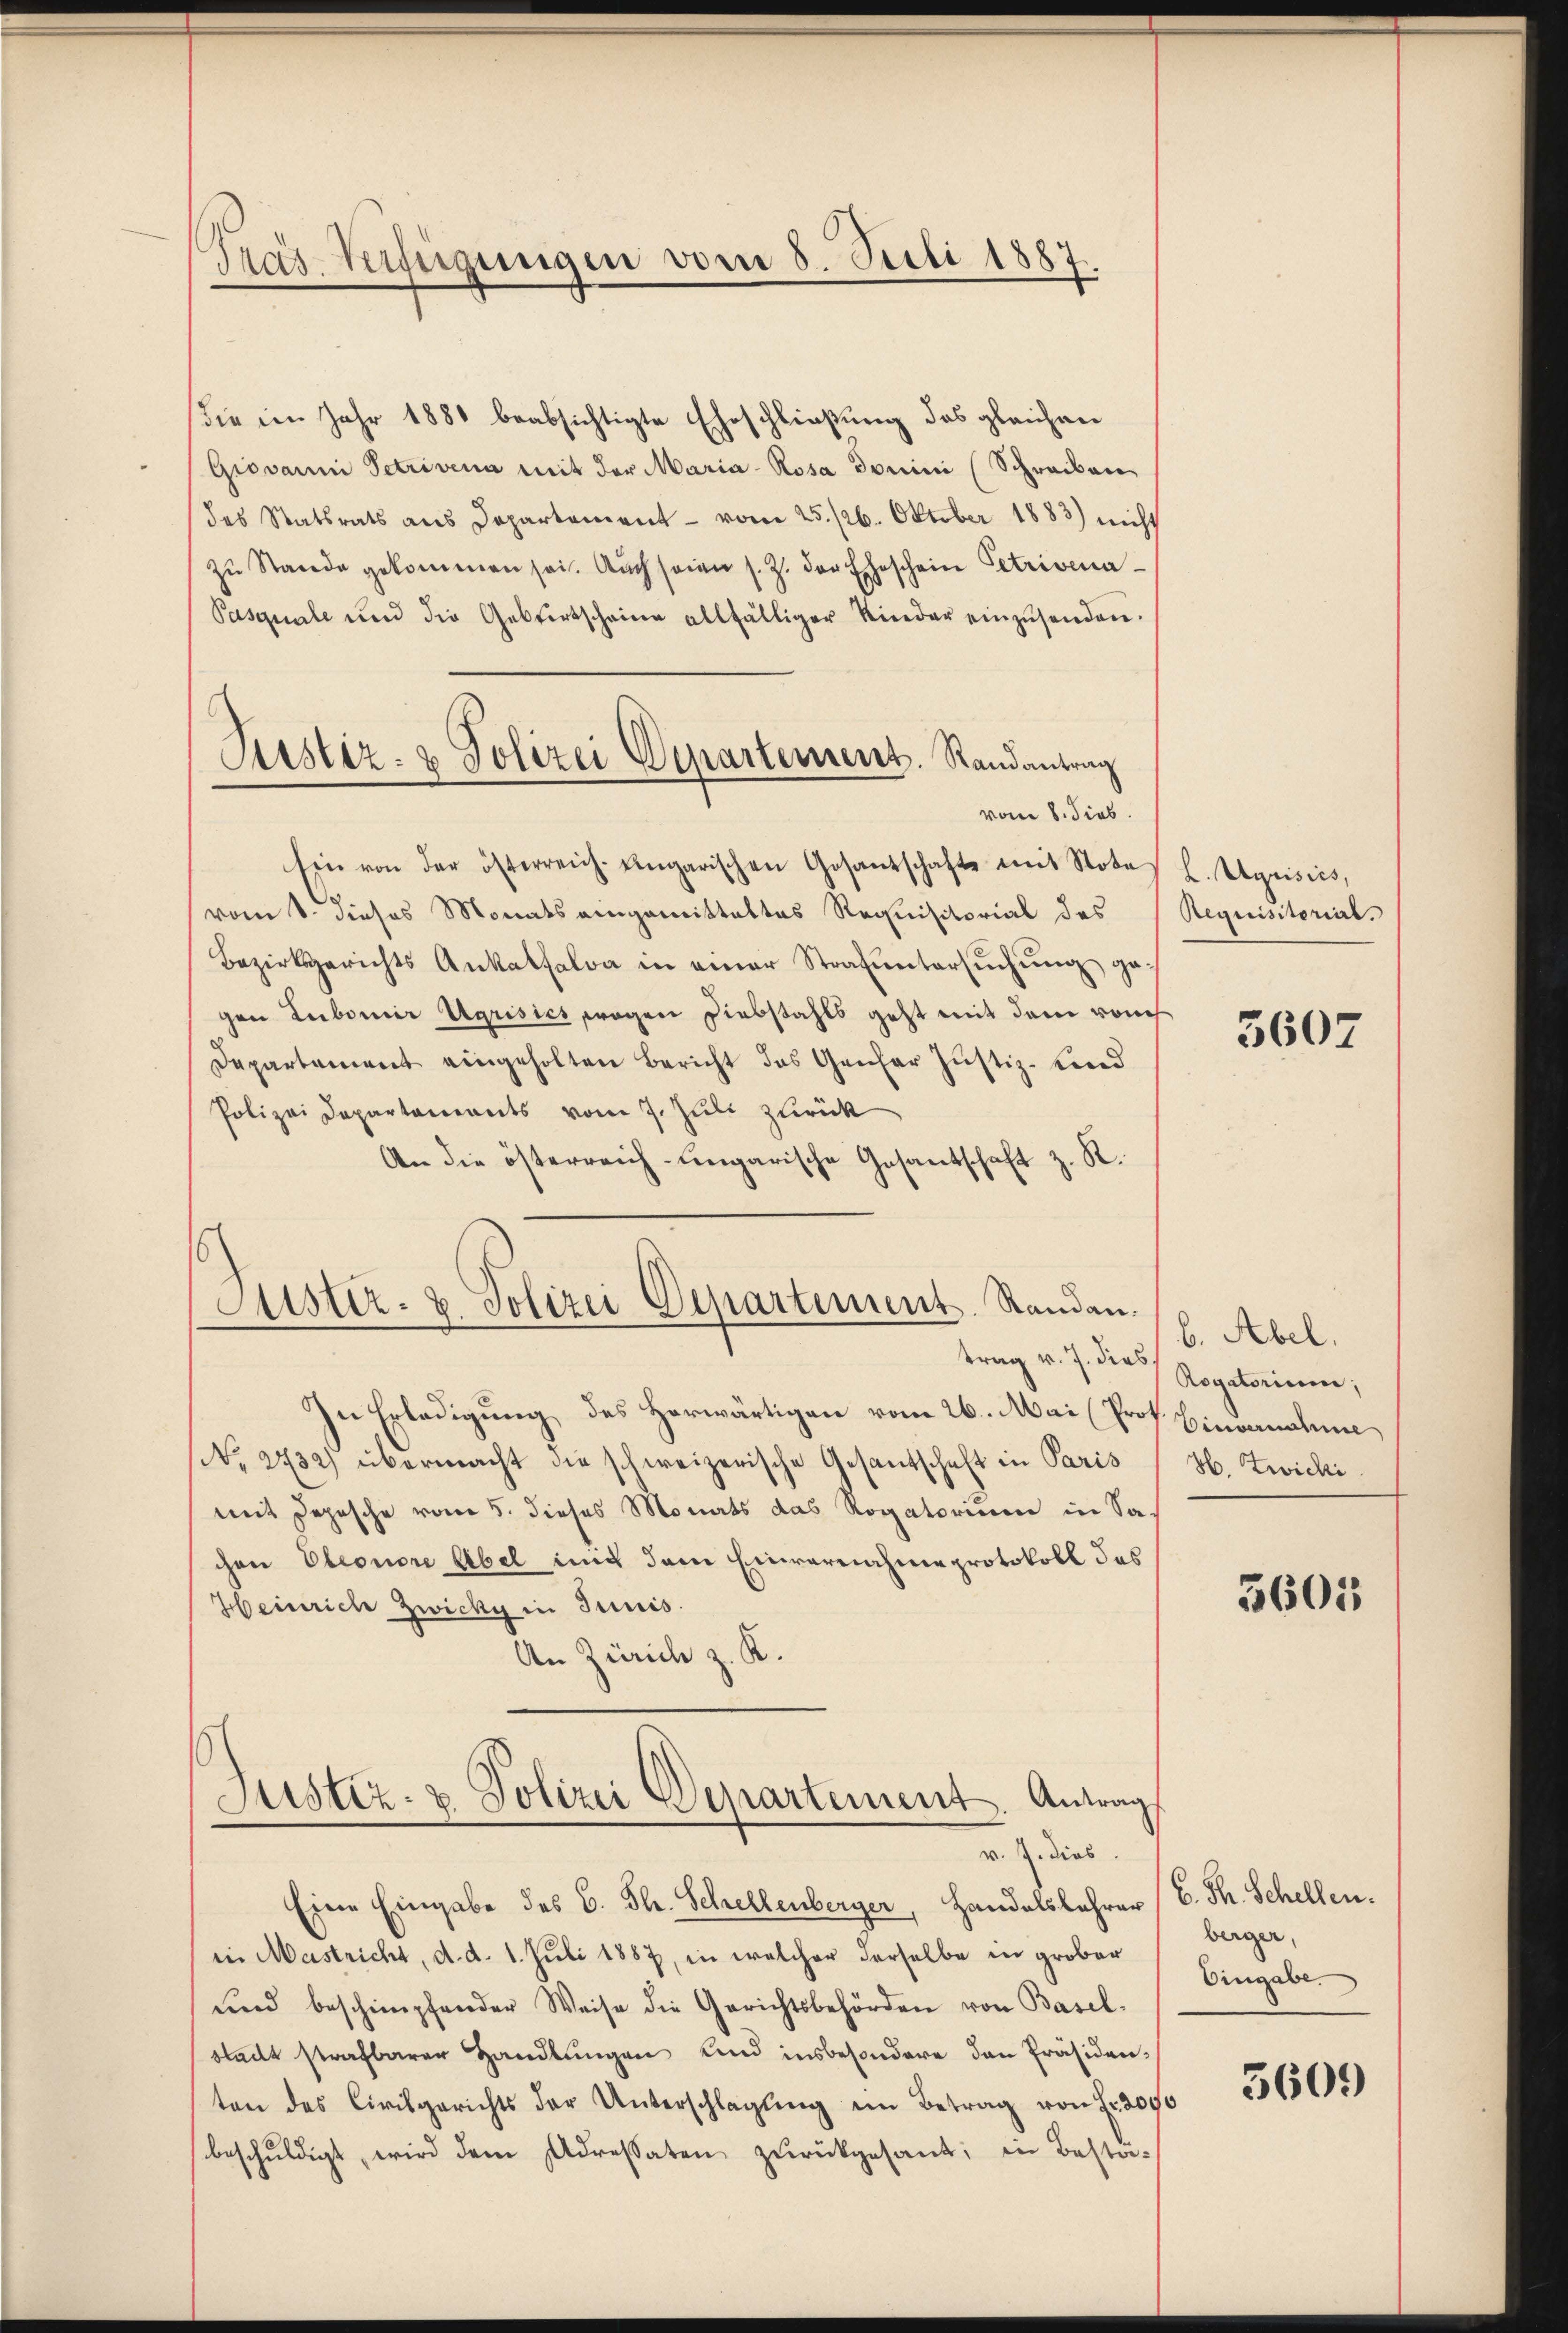
Pras. Verfügungen vom 8. Juli 1887.

die im Jahr 1881 beabsichtigte Eheschließung des gleichen
Giovarmi Petrivena mit der Maria-Rosa domini (Schreiben
des Statsrats aus Departement vom 25. /26. Oktober 1883) nicht
zŭ Stande gekommen sei. Auch seien s. Z. der Eheschein Petrisena¬
Pasquale und die Gebrertscheine allfälliger Kinder einzŭsenden.
vom 8. Sieb.
Ein von der österreich. Eingarischen Gesantschafte mit Notas L. Aquisics,
vom 8. dieses Monats eingemittaltes Requisitorial des
Bezirksgerichts Ankalfalva in einer Strafuntersuchung ge-
gen Lubomir Agrisich wegen Diebstahls geht mit dem von
Departement eingeholten Bericht des Genfer Justiz- und
Polizei Departements vom 7. Juli zurück
An die österreich-ungarische Gesantschaft z. R.
Justiz- & Polizei Departement. Randan

Justiz- & Polizei Departement. Randantrag

trag v. J. dies

In Erledigung des Horwärtigen vom 26. Mai (Prot. Einvernahme
No. 2732) übermacht die schweizerische Gesandschaft in Paris
mit Depesche vom 5. dieses Monats das Rogatorium in Sachen Eleonore Abel mit dem Einvernahme protokoll das
Heinrich Zwicky in Junis.
An Zürich z. K.
Justiz- & Polizei Departement. Antrag
v. J. dies
Eine Eingabe des C. Th. Schellenberger, Handelslehrer
in Mastricht, d. d. 1. Juli 1887, in welcher derselbe in grober
ŭnd beschimpfender Weise die Gerichtsbehörden von Basel-
stadt strafbarer Handlŭngen und insbesondere den Präsidenten des Civilgerichts der Unterschlagung im Betrag von Fr. 2000
beschŭldigt, wird dem Adressaten zŭrückgesant; in Bestä-

Requisitorial.

5607

b. Abel.
Rogatorium,
H. Zwicki

5601

C. Th. Schellen.
berger,
Eingabe

3609